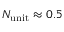
N _ { \mathrm { u n i t } } \approx 0 . 5